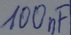
Text: 100nF